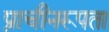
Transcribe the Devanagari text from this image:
प्राचीनरूपता